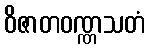
ဝိဇာတဝဏ္ဏသတံ